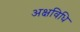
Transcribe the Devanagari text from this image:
अक्षविधि